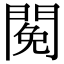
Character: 𨵃